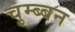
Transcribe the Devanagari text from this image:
चुम्ब्बन